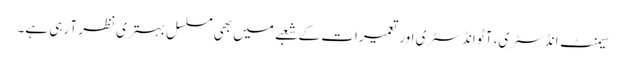
سیمنٹ انڈسٹری، آٹو انڈسٹری اور تعمیرات کے شعبے میں بھی مسلسل بہتری نظر آ رہی ہے۔